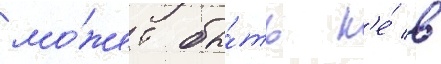
мо́жет бы́ть н'е́ в